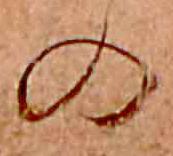
の